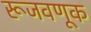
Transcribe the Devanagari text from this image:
रूजवणूक